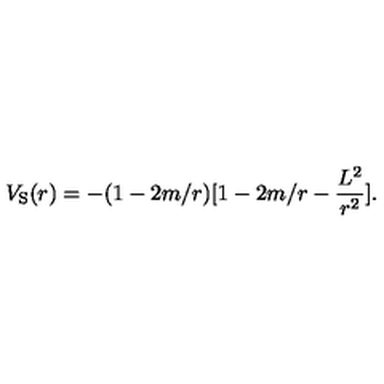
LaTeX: V _ { \mathrm { S } } ( r ) = - ( 1 - 2 m / r ) [ 1 - 2 m / r - \frac { L ^ { 2 } } { r ^ { 2 } } ] .